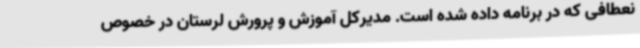
نعطافی که در برنامه داده شده است. مدیرکل آموزش و پرورش لرستان در خصوص